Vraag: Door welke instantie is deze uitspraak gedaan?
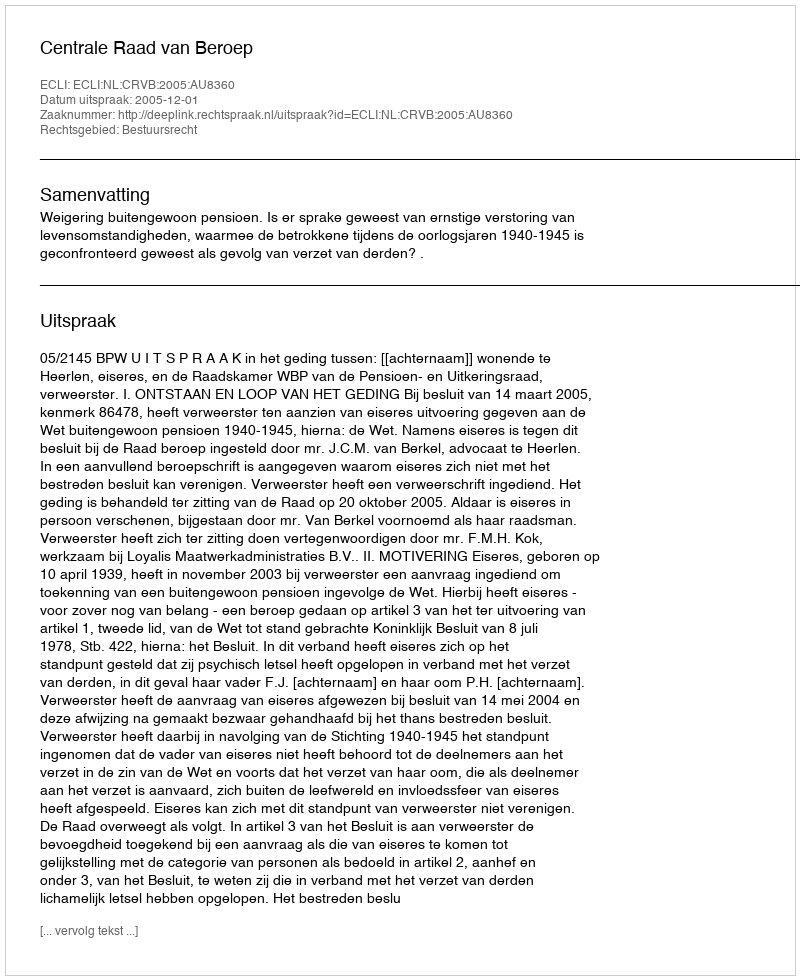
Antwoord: Centrale Raad van Beroep